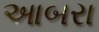
આબરા